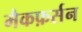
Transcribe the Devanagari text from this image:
मैकफ़र्सन